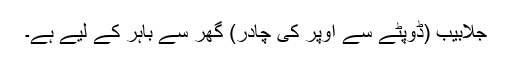
جلابیب (ڈوپٹے سے اوپر کی چادر) گھر سے باہر کے لیے ہے۔